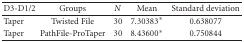
<table><thead><tr><td><b>D3-D1/2</b></td><td><b>Groups</b></td><td><b><i>N</i></b></td><td><b>Mean</b></td><td><b>Standard deviation</b></td></tr></thead><tbody><tr><td>Taper</td><td>Twisted File</td><td>30</td><td>7.30383*</td><td>0.638077</td></tr><tr><td>Taper</td><td>PathFile-ProTaper</td><td>30</td><td>8.43600*</td><td>0.750844</td></tr></tbody></table>